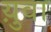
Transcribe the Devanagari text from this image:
य़ुवा